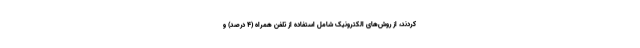
کردند، از روش‌های الکترونیک شامل استفاده از تلفن همراه (۴ درصد) و